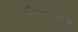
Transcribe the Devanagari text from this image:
तिकिटातच